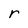
Character: r